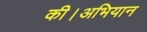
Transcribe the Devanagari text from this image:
की।अभियान